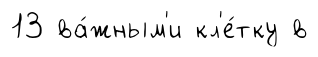
13 ва́жным'и кл'е́тку в